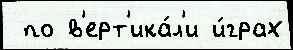
 по в'ерт'ика́л'и и́грах